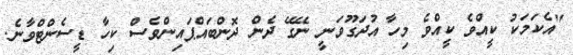
"އެކަމަކު ކީއްވެ ކީއްވެ މިހާ އުދަގޫވަނީ ނޭގޭ ދެން ދޮންބައްޕައިންވެސް ކިހާ ޑީސެންޓްވާނެ.